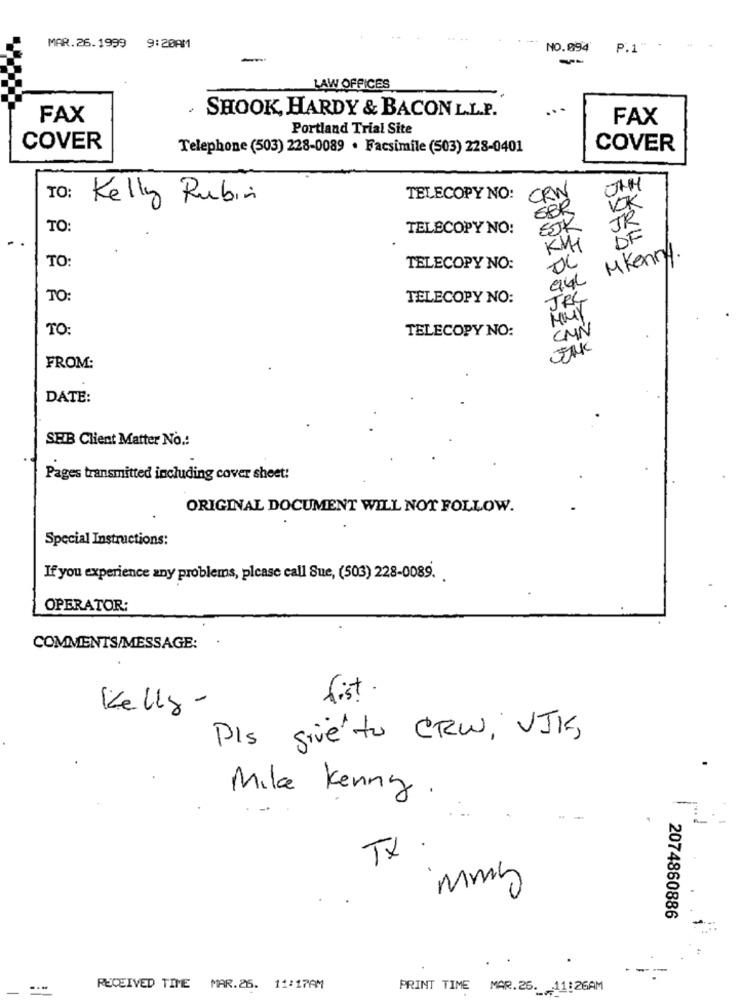
MAR.26.1999 9:20AM
NO.094
P.1
--
LAW OFFICES
FAX
. SHOOK, HARDY & BACON L.L.P.
FAX
Portland Trial Site
COVER
Telephone (503) 228-0089 · Facsimile (503) 228-0401
COVER
CRN
TO:
Kelly Rubin
TELECOPY NO:
EBR
VK
JR
TO:
TELECOPY NO:
DE
KMI
TO:
MKenny.
TELECOPY NO:
94
TO
TELECOPY NO:
TRY
MUY
TO:
CNN
TELECOPY NO:
JAK
FROM:
DATE:
SEB Client Matter No .:
Pages transmitted including cover sheet:
ORIGINAL DOCUMENT WILL NOT FOLLOW.
Special Instructions:
If you experience any problems, please call Sue, (503) 228-0089.
OPERATOR:
COMMENTS/MESSAGE:
list.
Kelly-
Pls givento CRW, UJK,
Mike Kenny .
TX .
mmy
2074860886
RECEIVED TIME MAR.26. 11:17AM
PRINT TIME MAR.26. 11:26AM